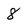
Character: 8